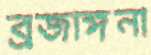
ব্রজাঙ্গনা